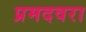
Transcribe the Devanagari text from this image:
प्रमदवरा